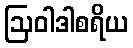
ဩဝါဒါစရိယ